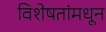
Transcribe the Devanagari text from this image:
विशेषतांमधून